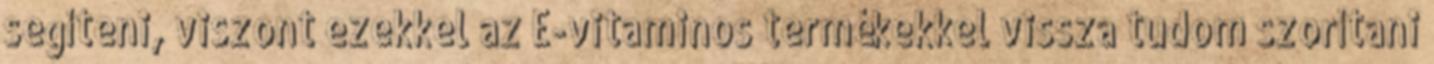
segíteni, viszont ezekkel az E-vitaminos termékekkel vissza tudom szorítani